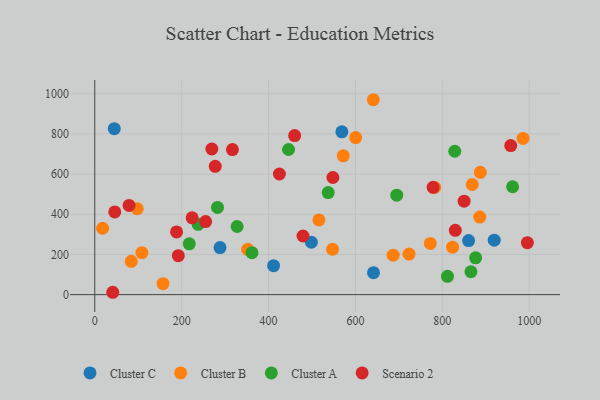
{"axis": {"x": "Experience", "y": "Demand"}, "legend": ["Cluster A", "Cluster B", "Cluster C", "Scenario 2"], "data": [{"x": "288.3", "y": 234.2, "type": "Cluster C"}, {"x": "568.8", "y": 810.1, "type": "Cluster C"}, {"x": "44.9", "y": 825.6, "type": "Cluster C"}, {"x": "860.5", "y": 268.8, "type": "Cluster C"}, {"x": "919.5", "y": 270.8, "type": "Cluster C"}, {"x": "641.6", "y": 109.1, "type": "Cluster C"}, {"x": "498.6", "y": 260.7, "type": "Cluster C"}, {"x": "411.6", "y": 144.3, "type": "Cluster C"}, {"x": "887.6", "y": 608.4, "type": "Cluster B"}, {"x": "547.3", "y": 225.7, "type": "Cluster B"}, {"x": "157.1", "y": 54.5, "type": "Cluster B"}, {"x": "97.9", "y": 427.4, "type": "Cluster B"}, {"x": "84.0", "y": 165.5, "type": "Cluster B"}, {"x": "686.9", "y": 196.4, "type": "Cluster B"}, {"x": "985.8", "y": 777.2, "type": "Cluster B"}, {"x": "641.2", "y": 969.8, "type": "Cluster B"}, {"x": "823.6", "y": 236.2, "type": "Cluster B"}, {"x": "723.4", "y": 201.8, "type": "Cluster B"}, {"x": "572.0", "y": 690.7, "type": "Cluster B"}, {"x": "772.4", "y": 254.6, "type": "Cluster B"}, {"x": "351.9", "y": 225.3, "type": "Cluster B"}, {"x": "108.5", "y": 208.9, "type": "Cluster B"}, {"x": "600.6", "y": 781.4, "type": "Cluster B"}, {"x": "782.4", "y": 533.2, "type": "Cluster B"}, {"x": "516.0", "y": 371.5, "type": "Cluster B"}, {"x": "886.2", "y": 385.9, "type": "Cluster B"}, {"x": "868.9", "y": 547.9, "type": "Cluster B"}, {"x": "18.1", "y": 330.2, "type": "Cluster B"}, {"x": "961.8", "y": 536.7, "type": "Cluster A"}, {"x": "282.5", "y": 434.0, "type": "Cluster A"}, {"x": "828.7", "y": 713.4, "type": "Cluster A"}, {"x": "361.9", "y": 208.6, "type": "Cluster A"}, {"x": "811.9", "y": 91.2, "type": "Cluster A"}, {"x": "217.5", "y": 252.7, "type": "Cluster A"}, {"x": "446.1", "y": 722.1, "type": "Cluster A"}, {"x": "865.9", "y": 113.8, "type": "Cluster A"}, {"x": "695.1", "y": 494.7, "type": "Cluster A"}, {"x": "327.7", "y": 338.9, "type": "Cluster A"}, {"x": "876.7", "y": 183.1, "type": "Cluster A"}, {"x": "537.3", "y": 507.7, "type": "Cluster A"}, {"x": "238.0", "y": 350.0, "type": "Cluster A"}, {"x": "188.3", "y": 311.8, "type": "Scenario 2"}, {"x": "277.3", "y": 638.4, "type": "Scenario 2"}, {"x": "778.8", "y": 533.7, "type": "Scenario 2"}, {"x": "479.3", "y": 291.6, "type": "Scenario 2"}, {"x": "46.0", "y": 411.7, "type": "Scenario 2"}, {"x": "79.0", "y": 443.7, "type": "Scenario 2"}, {"x": "548.2", "y": 582.9, "type": "Scenario 2"}, {"x": "41.4", "y": 11.7, "type": "Scenario 2"}, {"x": "192.3", "y": 194.0, "type": "Scenario 2"}, {"x": "850.2", "y": 465.0, "type": "Scenario 2"}, {"x": "460.1", "y": 791.6, "type": "Scenario 2"}, {"x": "425.0", "y": 600.3, "type": "Scenario 2"}, {"x": "995.8", "y": 258.4, "type": "Scenario 2"}, {"x": "316.9", "y": 721.8, "type": "Scenario 2"}, {"x": "255.1", "y": 363.7, "type": "Scenario 2"}, {"x": "829.9", "y": 320.0, "type": "Scenario 2"}, {"x": "957.5", "y": 741.7, "type": "Scenario 2"}, {"x": "269.5", "y": 724.6, "type": "Scenario 2"}, {"x": "224.1", "y": 382.2, "type": "Scenario 2"}]}